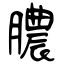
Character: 膿